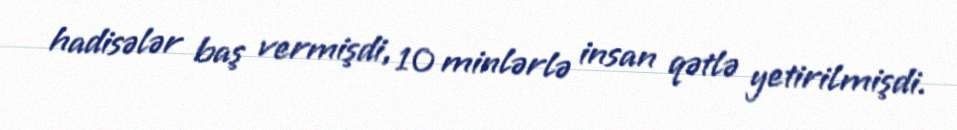
hadisələr baş vermişdi, 10 minlərlə insan qətlə yetirilmişdi.